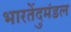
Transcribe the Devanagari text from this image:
भारतेंदुमंडल